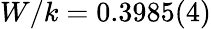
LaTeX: W/k=0.3985(4)